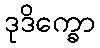
ဒုဒိက္ခော